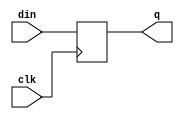
module dff_ns_1 (din, clk, q);
parameter SIZE = 1;
input	[SIZE-1:0]	din ;	
input			clk ;	
output	[SIZE-1:0]	q ;	
reg 	[SIZE-1:0]	q ;
always @ (posedge clk)
	q[SIZE-1:0]  <= din[SIZE-1:0] ;
endmodule